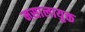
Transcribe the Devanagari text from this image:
मसालायुक्त